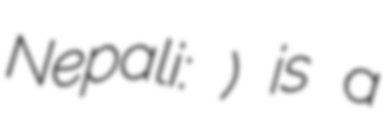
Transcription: Nepali: पाङ्लखा) is a